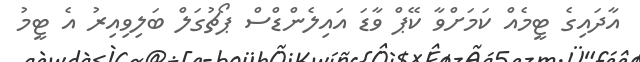
އާދައިގެ ޓީމެއް ކަމަށްވާ ކޭޕް ވާޑަ އައިލެންޑްސް ޕޯޗުގަލް ބަލިވިއިރު އެ ޓީމު